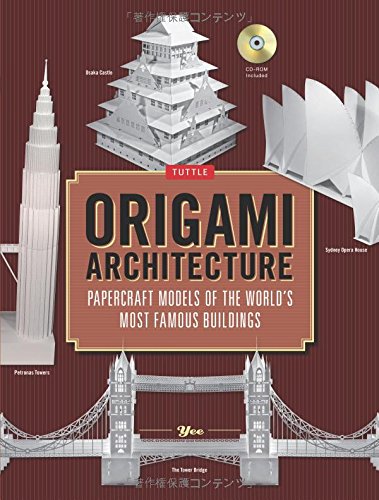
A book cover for Origami Architecture: Papercraft Models of the World's Most Famous Buildings [Origami Book with DVD, 16 Projects]; Sheung Yee Shing; Children's Books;